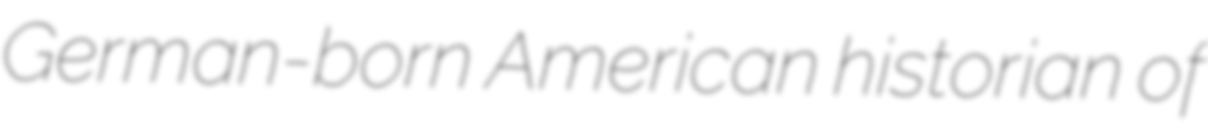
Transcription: German-born American historian of